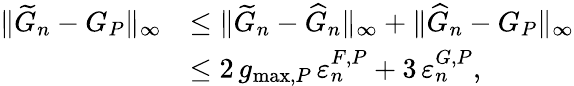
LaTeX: \begin{array}{rl}{\| \widetilde{G}_{n}-G_{P}\| _{\infty}}&{\leq\| \widetilde{G}_{n}-\widehat{G}_{n}\| _{\infty}+\| \widehat{G}_{n}-G_{P}\| _{\infty}}\\ &{\leq 2\, g_{\operatorname*{max},P}\, \varepsilon_{n}^{F,P}+3\, \varepsilon_{n}^{G,P},}\end{array}